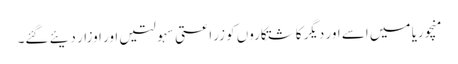
منچوریا میں اسے اور دیگر کاشتکاروں کو زراعتی سہولتیں اور اوزار دیئے گئے۔